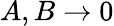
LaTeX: A,B\rightarrow 0